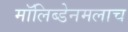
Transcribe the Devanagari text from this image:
मॉलिब्डेनमलाच